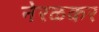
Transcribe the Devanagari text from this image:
नेरळकर